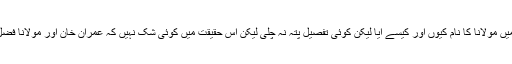
میں نے بہت معلوم کیا کہ عمران خان کے قتل کی سازش میں مولانا کا نام کیوں اور کیسے آیا لیکن کوئی تفصیل پتہ نہ چلی لیکن اس حقیقت میں کوئی شک نہیں کہ عمران خان اور مولانا فضل الرحمٰن ایک دوسرے کا ذکر اچھے الفاظ میں نہیں کرتے۔